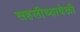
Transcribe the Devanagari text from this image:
सहलीच्यावेळी